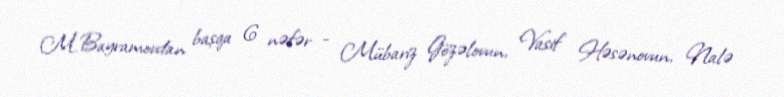
M.Bayramovdan başqa 6 nəfər - Mübariz Gözəlovun, Vasif Həsənovun, Nalə